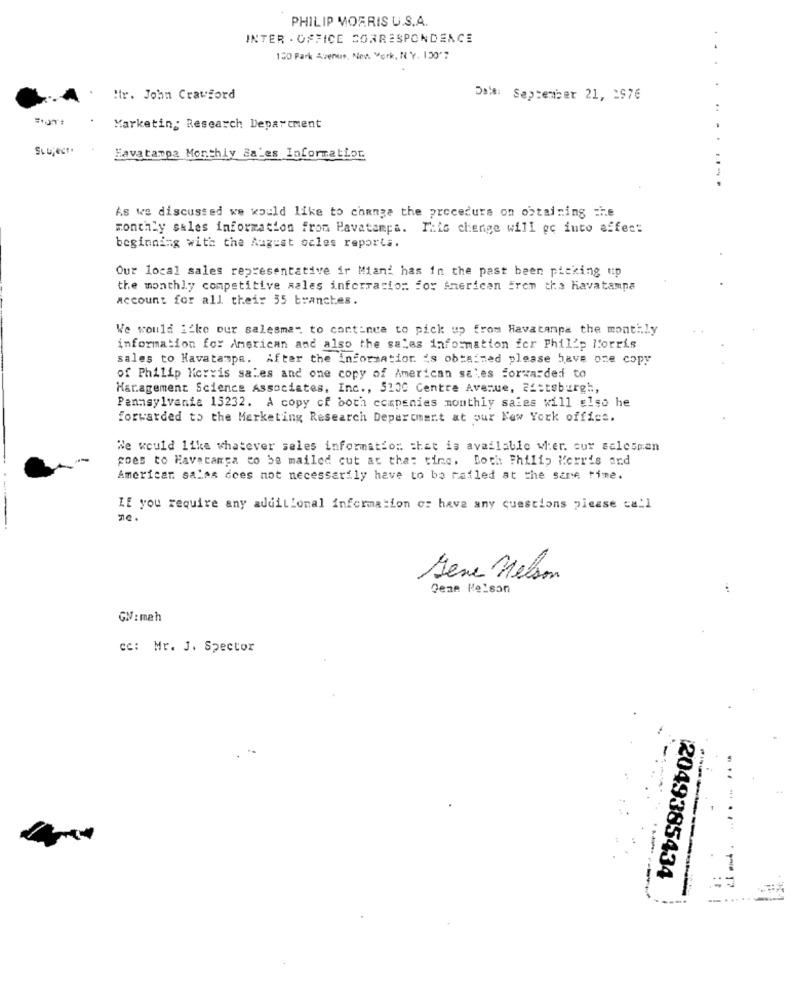
PHILIP MORRIS U.S.A.
INTER - OFFICE CORRESPONDENCE
130 Park Avenue, New York, NY. 130'7
Hr. John Crawford
Da'#: September 21, 2976
Marketing Research Department
Stuject
Havatampa Monthly Sales Information.
.....
As we discussed we would like to change the procedure on obtaining che
monthly sales information from Pavatampa. This change will go into affec:
beginning with the August ocles reporta.
Our local sales representative ir Miand has in the past been picking up
the monthly competitive sales informacion for American Eren tha havatamna
account for all their 55 branches.
We would icke our salesme- to continue to pick up from Havatanpa the monthly
information for American and also the sales information fer Philip Morris
sales to Havatampa. After the information is obtained please have one copy
of Philip Morris sales and one copy of American sales forwarded to
Haragement Science Associates, Inc ., 5100 Centre Avenue, 22:tsburgh,
Pennsylvania 15232. A copy of both companies monthly sales will also he
forwarded to the Marketing Research Department at our New York office.
We would like whatever sales information that is available wier. cur salesmen
goes to Haveranga to be mailed cut at that ting. Both Philip Kerris ard
American salas does not necessarily have to ba rafled at the same time.
LE you require any additional information or have any questions please call
ne.
----
Sene Nelson
Deze Maison
GN:mah
cc: Mr. J. Spector
2049385434
..
-- .